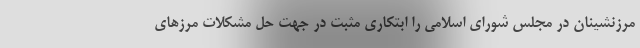
مرزنشینان در مجلس شورای اسلامی را ابتکاری مثبت در جهت حل مشکلات مرزهای